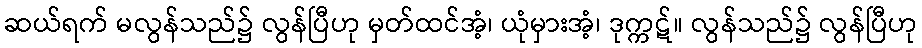
ဆယ်ရက် မလွန်သည်၌ လွန်ပြီဟု မှတ်ထင်အံ့၊ ယုံမှားအံ့၊ ဒုက္ကဋ်။ လွန်သည်၌ လွန်ပြီဟု